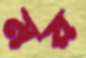
ময়